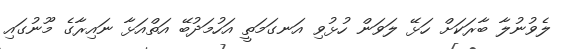
ލެވުނުލާ ބާރަކަށް ހަޅޭ ލަވަން ހުޅުވި އަނގަމަތީ އަހުމަދުބޭ އަތްއަޅާ ނައިރާގެ މޫނުގައި